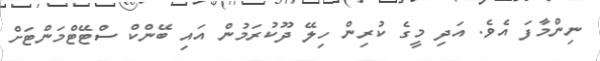
ނިންމާފަ އެވެ. އަދި މީގެ ކުރިން ހިލޭ ދޫކުރަމުން އައި ބޭންކް ސްޓޭޓްމަންޓަށް